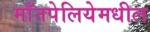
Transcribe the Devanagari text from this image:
माँतपेलियेमधील